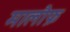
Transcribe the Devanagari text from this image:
मालौफ़